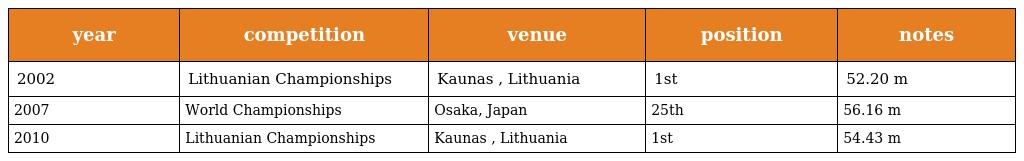
| year | competition | venue | position | notes |
 | --- | --- | --- | --- | --- |
 | 2002 | Lithuanian Championships | Kaunas , Lithuania | 1st | 52.20 m |
 | 2007 | World Championships | Osaka, Japan | 25th | 56.16 m |
 | 2010 | Lithuanian Championships | Kaunas , Lithuania | 1st | 54.43 m |